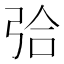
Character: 㢵